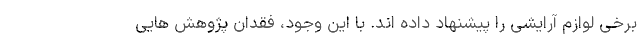
برخی لوازم آرایشی را پیشنهاد داده اند. با این وجود، فقدان پژوهش هایی